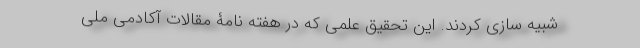
شبیه سازی کردند. این تحقیق علمی که در هفته نامۀ مقالات آکادمی ملی